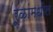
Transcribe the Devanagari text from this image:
रूळांमधील